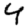
Digit: 4